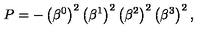
P = - \left( \beta ^ { 0 } \right) ^ { 2 } \left( \beta ^ { 1 } \right) ^ { 2 } \left( \beta ^ { 2 } \right) ^ { 2 } \left( \beta ^ { 3 } \right) ^ { 2 } ,